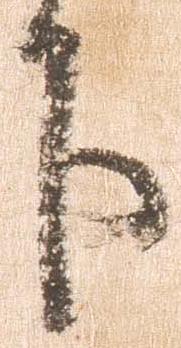
下